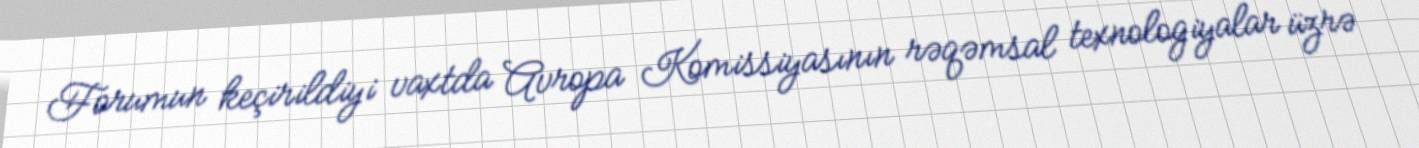
Forumun keçirildiyi vaxtda Avropa Komissiyasının rəqəmsal texnologiyalar üzrə